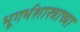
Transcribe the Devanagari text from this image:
भूगर्भशास्त्राच्या